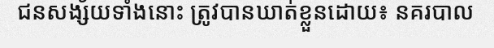
ជនសង្ស័យទាំងនោះ ត្រូវបានឃាត់ខ្លួនដោយ៖ នគរបាល